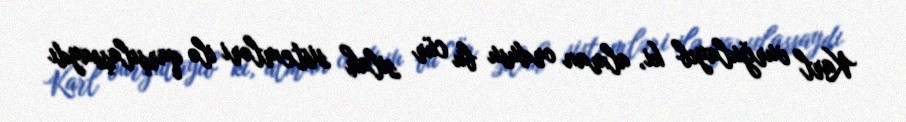
Karl vurğulayıb ki, alman ordusu bu cür silah sistemləri ilə qarşılaşsaydı